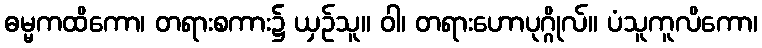
ဓမ္မကထိကော၊ တရားစကား၌ ယှဉ်သူ။ ဝါ၊ တရားဟောပုဂ္ဂိုလ်။ ပံသူကူလိကော၊